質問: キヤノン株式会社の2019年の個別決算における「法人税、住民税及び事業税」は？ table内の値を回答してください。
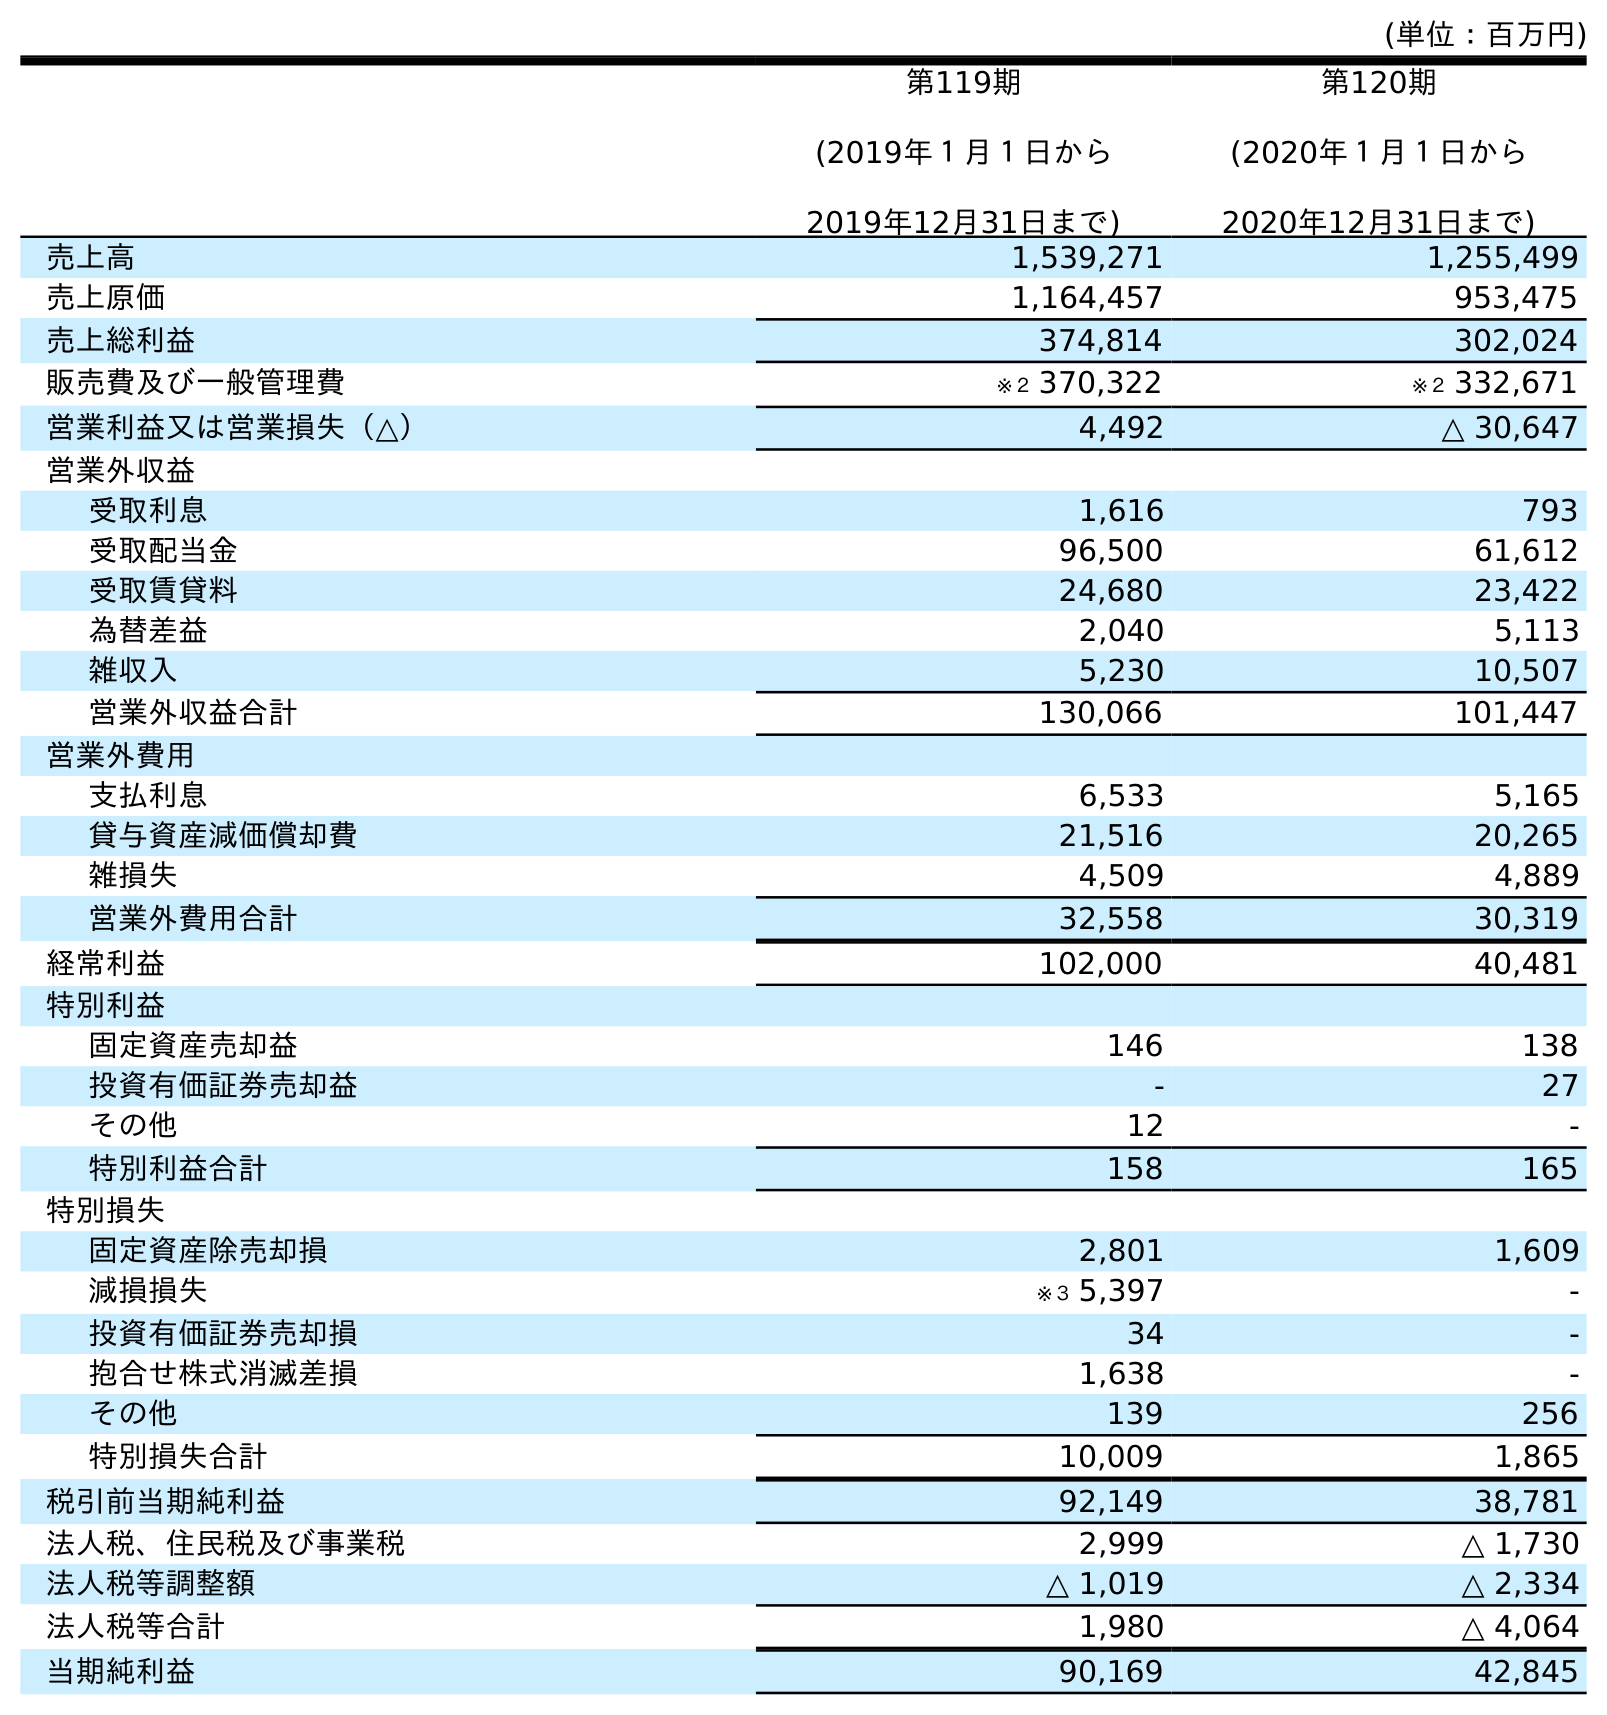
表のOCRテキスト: (単位：百万円) 第119期 (2019年１月１日から 2019年12月31日まで) 第120期 (2020年１月１日から 2020年12月31日まで) 売上高 1,539,271 1,255,499 売上原価 1,164,457 953,475 売上総利益 374,814 302,024 販売費及び一般管理費 ※２ 370,322 ※２ 332,671 営業利益又は営業損失（△） 4,492 △ 30,647 営業外収益 受取利息 1,616 793 受取配当金 96,500 61,612 受取賃貸料 24,680 23,422 為替差益 2,040 5,113 雑収入 5,230 10,507 営業外収益合計 130,066 101,447 営業外費用 支払利息 6,533 5,165 貸与資産減価償却費 21,516 20,265 雑損失 4,509 4,889 営業外費用合計 32,558 30,319 経常利益 102,000 40,481 特別利益 固定資産売却益 146 138 投資有価証券売却益 - 27 その他 12 - 特別利益合計 158 165 特別損失 固定資産除売却損 2,801 1,609 減損損失 ※３ 5,397 - 投資有価証券売却損 34 - 抱合せ株式消滅差損 1,638 - その他 139 256 特別損失合計 10,009 1,865 税引前当期純利益 92,149 38,781 法人税、住民税及び事業税 2,999 △ 1,730 法人税等調整額 △ 1,019 △ 2,334 法人税等合計 1,980 △ 4,064 当期純利益 90,169 42,845
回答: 2,999